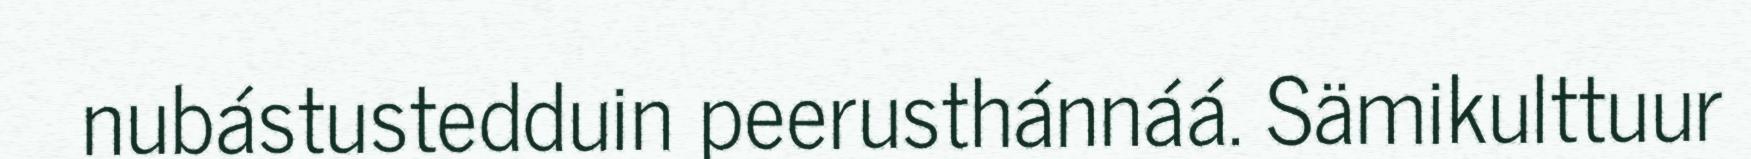
nubástustedduin peerusthánnáá. Sämikulttuur